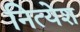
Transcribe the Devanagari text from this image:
नित्येश